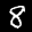
Label: 8